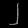
Digit: ၂